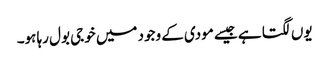
یوں لگتا ہے جیسے مودی کے وجود میں خوجی بول رہا ہو۔